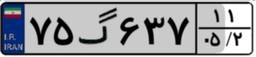
۷۵گ۶۳۷۱۱